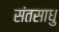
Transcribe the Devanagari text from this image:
संतसाधु